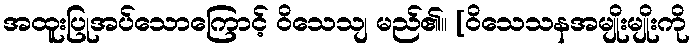
အထူးပြုအပ်သောကြောင့် ဝိသေသျ မည်၏။ [ဝိသေသနအမျိုးမျိုးကို